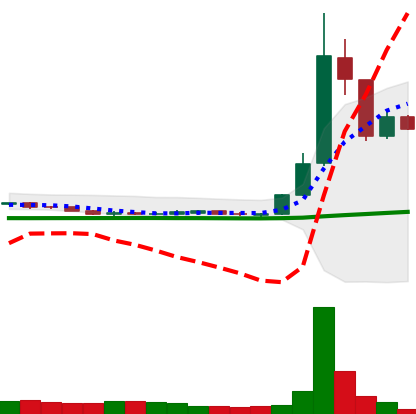
Ticker: DOGE-USD
Chart end date: 2020-07-12
Forward return: -15.675%
Label: down_7plus